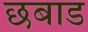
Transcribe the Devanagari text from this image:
छबाड